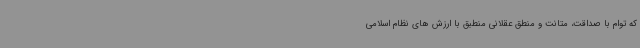
که توام با صداقت، متانت و منطق عقلانی منطبق با ارزش های نظام اسلامی